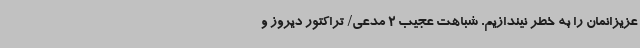
عزیزانمان را به خطر نیندازیم. شباهت عجیب 2 مدعی/ تراکتور دیروز و